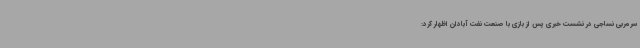
سرمربی نساجی در نشست خبری پس از بازی با صنعت نفت آبادان اظهار کرد: